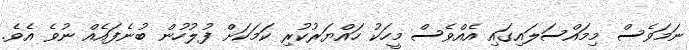
ނަމަވެސް މިމައްސަލައިގައި އެއްވެސް މީހަކު ހައްޔަރުކުރި ކަމަކަށް ފުލުހުން ބުނެފައެއް ނުވެ އެެވެ.